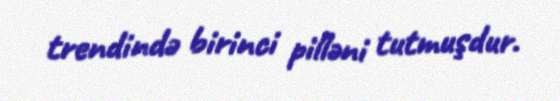
trendində birinci pilləni tutmuşdur.